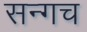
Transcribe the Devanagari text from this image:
सन्गच